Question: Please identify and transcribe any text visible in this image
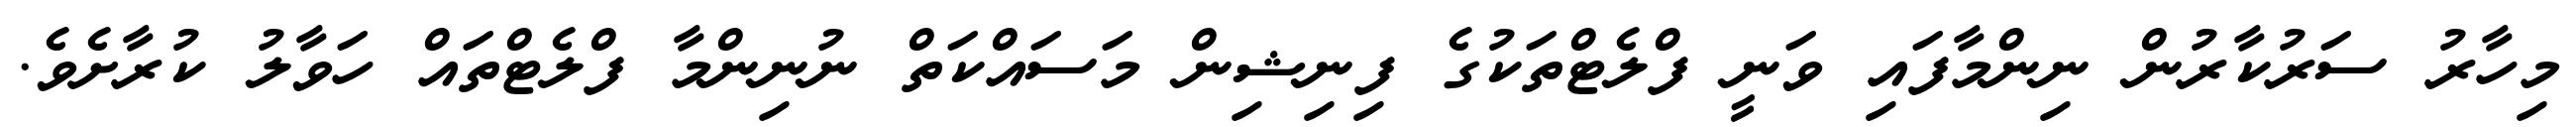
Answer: މިހާރު ސަރުކާރުން ނިންމާފައި ވަނީ ފްލެޓްތަކުގެ ފިނިޝިން މަސައްކަތް ނުނިންމާ ފްލެޓްތައް ހަވާލު ކުރާށެވެ.